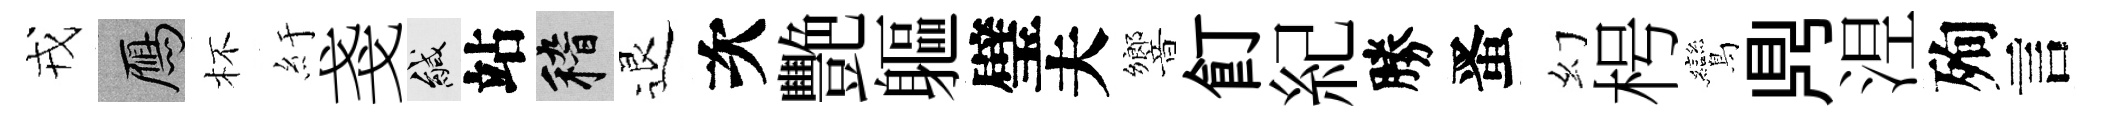
戎鴈杯紆戔緘站稽退次艷軀璧夫響飣紀勝󱉠幻枵鸞𪔂𣵀殉言